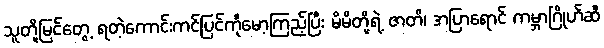
သူတို့မြင်တွေ့ ရတဲ့ကောင်းကင်ပြင်ကိုမော့ကြည့်ပြီး မိမိတို့ရဲ့ ဇာတိ၊ အပြာရောင် ကမ္ဘာဂြိုဟ်ဆီ